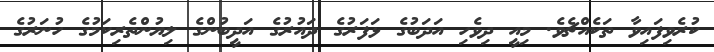
ކުރެވިފައިވާ ތަކެއްޗެވެ. މިއީ ދިވެހި އަދަބުގެ ޅަފަރުގެ ދައުރުގެ އަދީބުންގެ ލިޔުންތެރިކަމުގެ ހުނަރުގެ